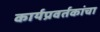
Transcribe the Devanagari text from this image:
कार्यप्रवर्तकांचा